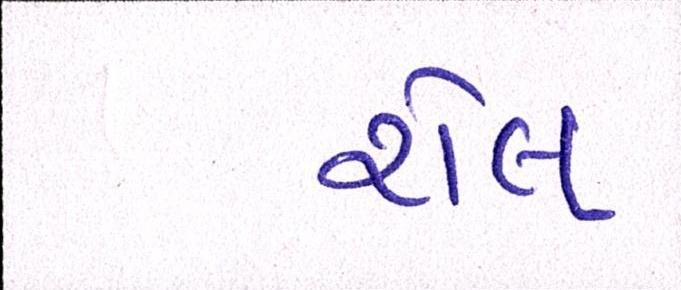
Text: રોલ